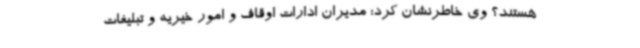
هستند؟ وی خاطرنشان کرد: مدیران ادارات اوقاف و امور خیریه و تبلیغات